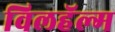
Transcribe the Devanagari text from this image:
विलहॅल्म